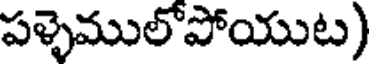
పళ్ళెములోపోయుట)